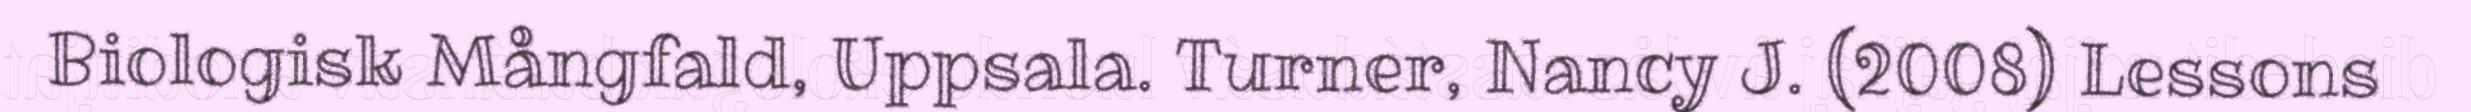
Biologisk Mångfald, Uppsala. Turner, Nancy J. (2008) Lessons